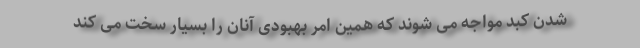
شدن کبد مواجه می شوند که همین امر بهبودی آنان را بسیار سخت می کند